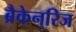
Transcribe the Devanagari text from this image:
ब्रैकेन्‌रिज